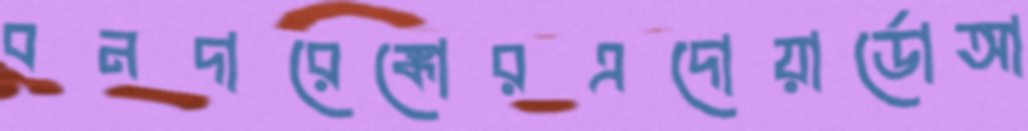
বনদারেঙ্কোরএদোয়ার্ডোআ